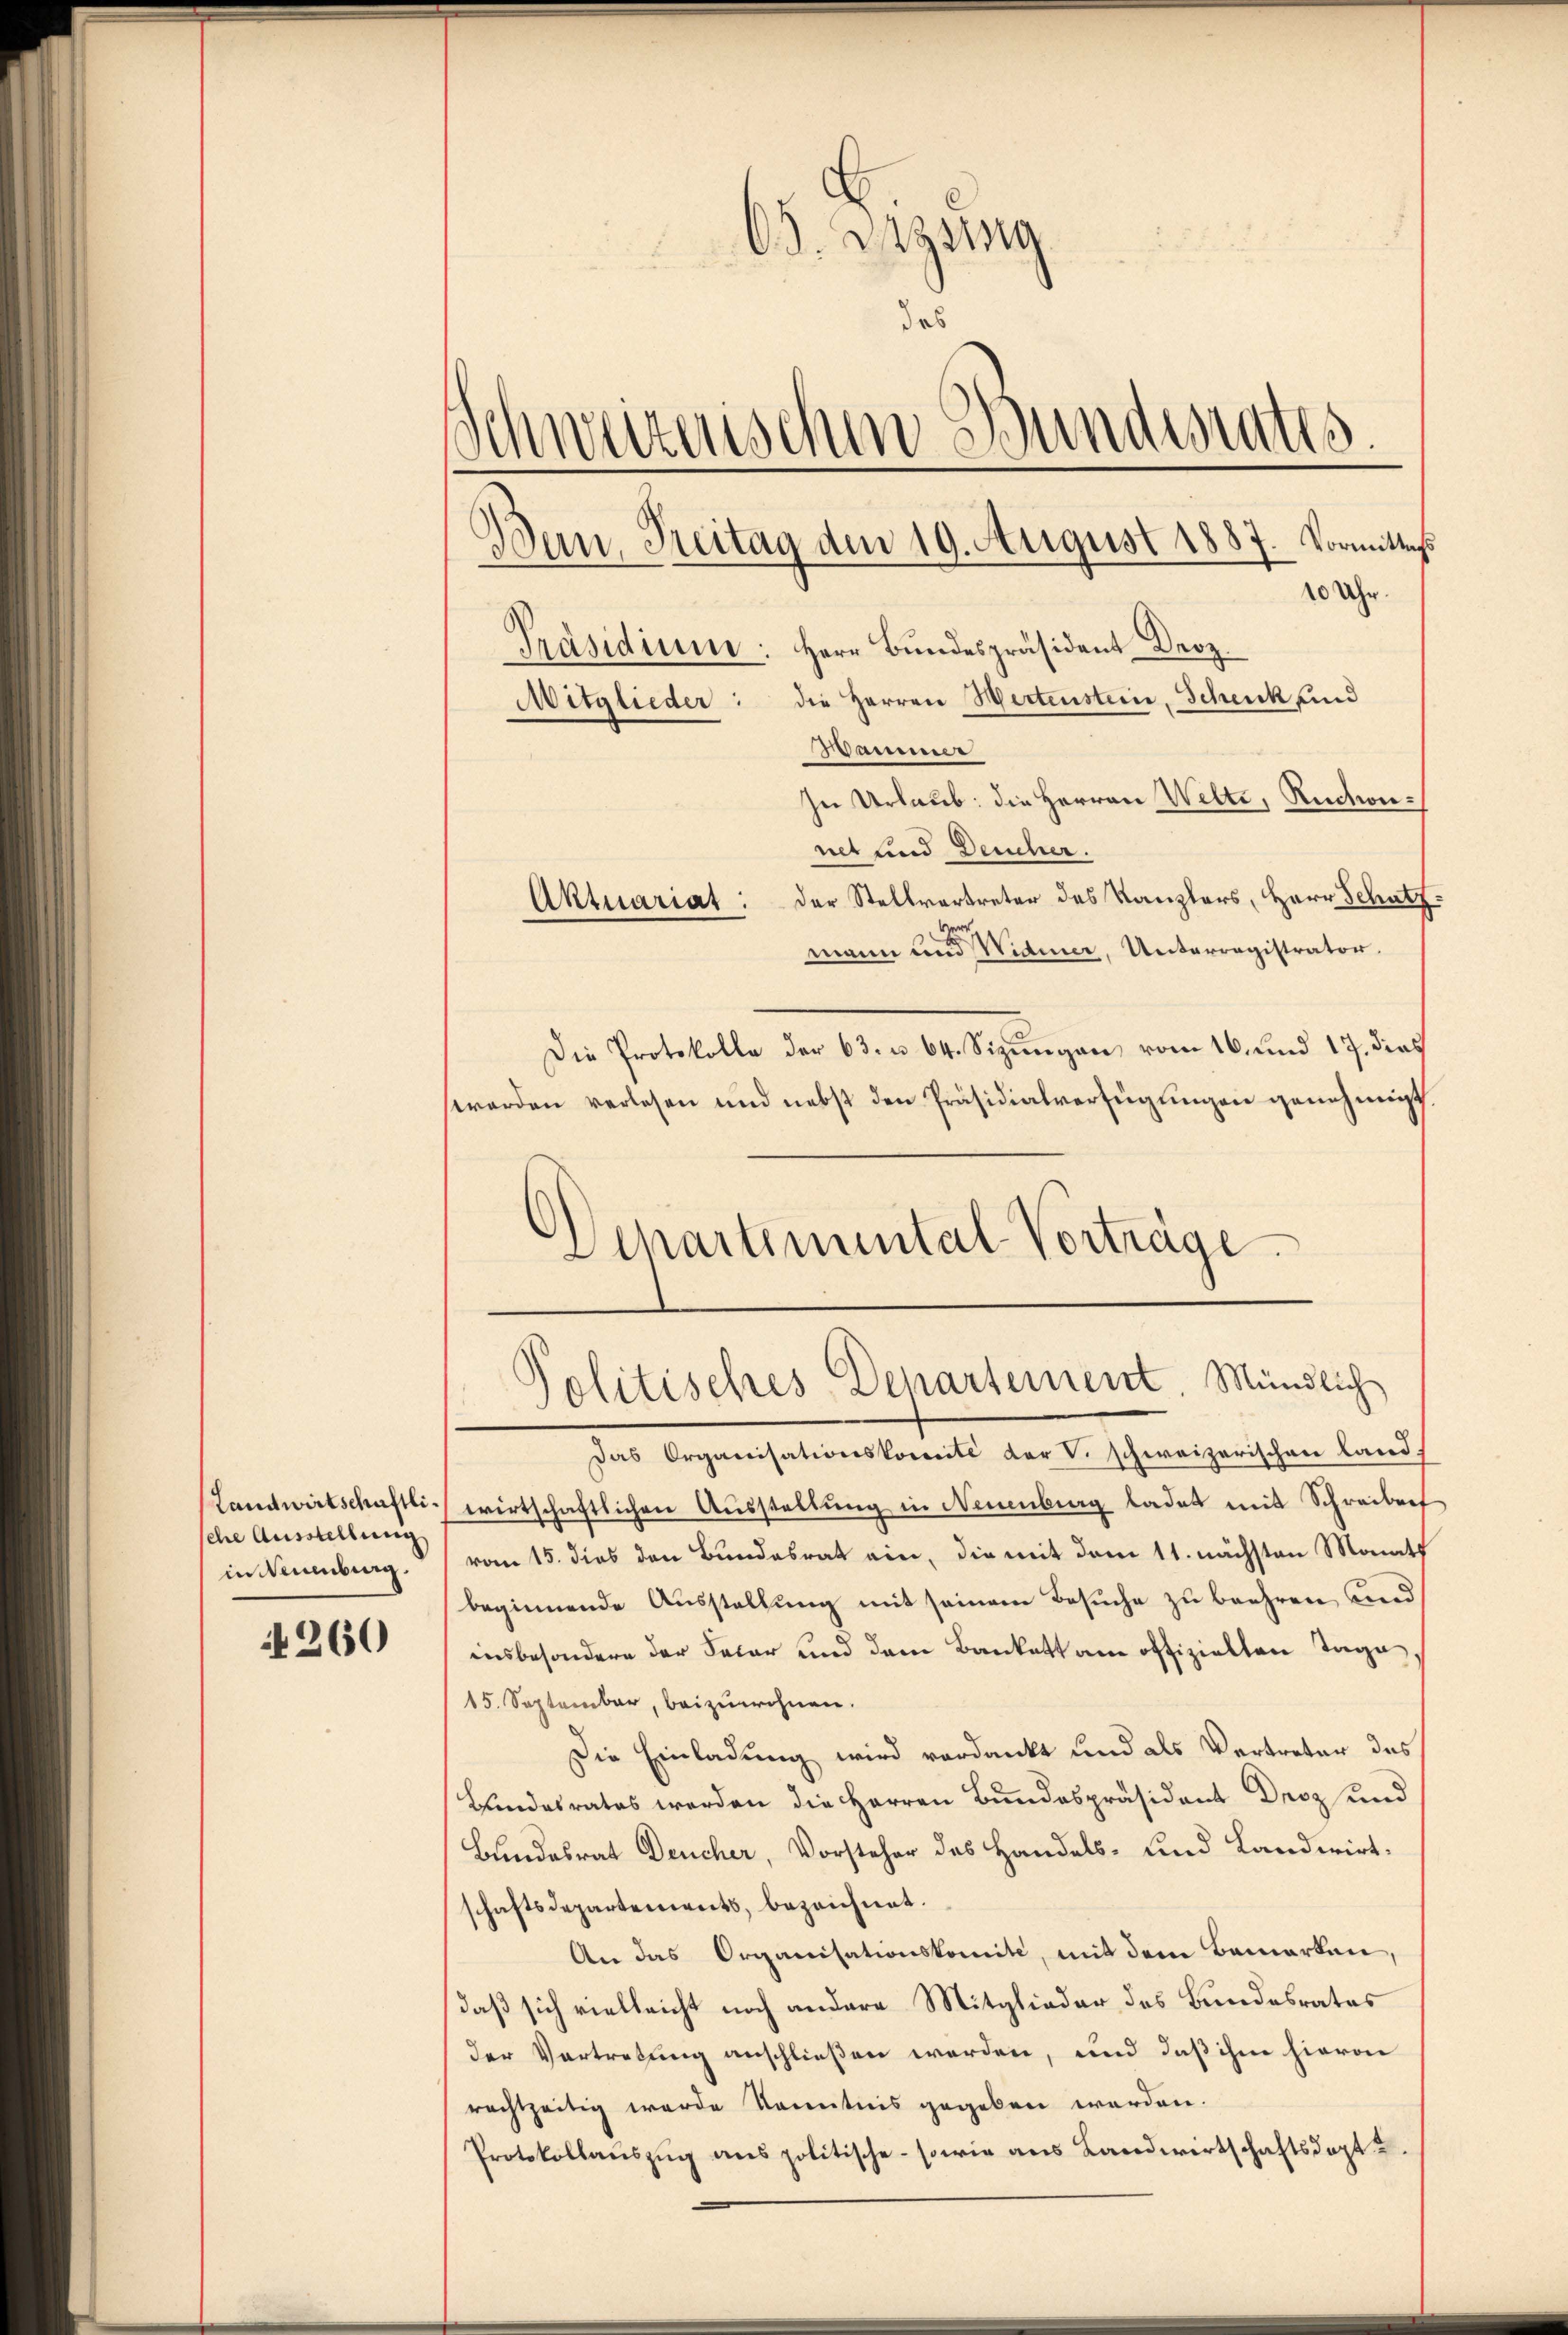
Landwirtschaftliche Ausstellung
in Naumbung.

4260

65. Dagswig
des
Schweizerischen Bundesrates.
Dan, Freitag dem 19. August 1887. Vormittags

Präsidium: Herr Bundespräsident Droz.
Mitglieder: die Herren Hertenstein, Schenk und
Mammer
In Urlaub: die Herren Welti, Ruchennet sind Deucher.
Aktuariat: der Stellvertreter des Kanzlers, Herr Schatz
mann und Widmer, Unterregistrator.
Die Protokolle der 63. u. 64. Sizŭngen vom 16. und 17. dies
werden verlesen und nebst den Präsidialverfügungen genehmigt.
Das Organisationskomité der V. schweizerischen Landwirtschaftlichen Ausstellung in Neuenburg ladet mit Schreiberf
vom 15. dies den Bundesrat ein, die mit dem 11. nächsten Monats
beginnende Ausstellung mit seinem Besuche zu beehren, und
insbesondere der Salar und dem Bankett am offizielten Tage
15. September, beizuwohnen.
Die Einladung wird verdankt und als Vertreter des
Bundesrates werden die Herren Bundespräsident Droz und
Bundesrat Deucher, Vorsteher des Handels- und Landwirtschaftsdepartements, bezeichnet.
An das Organisationskomite, mit dem Bemerken,
daß sich vielleicht noch andere Mitglieder des Bundesrates
der Vertretung anschließen werden, und daß ihm hievon
rachtzeitig wurde kanntnis gegeben werden.
Protokollaŭszŭg ans politische - sowie aus Landwirtschaftsdopt

10 Uhr.

Departimental-Vorträge
Politisches Departement. Mündlich